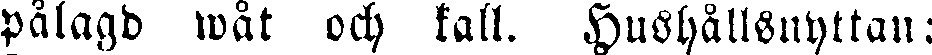
pålagd wåt och kall. Hushållsnyttan: